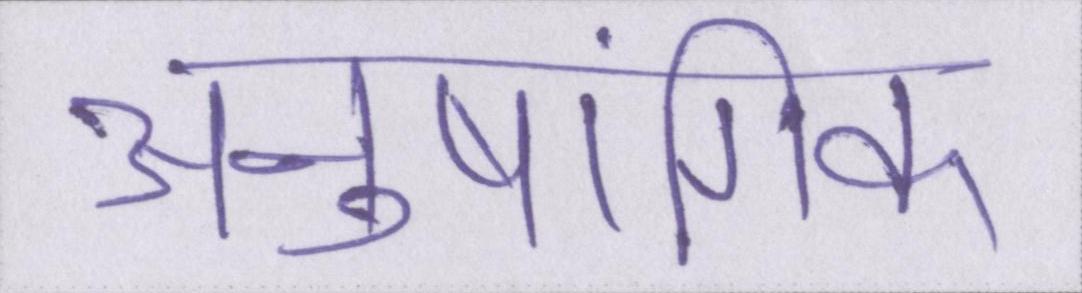
अनुषांगिक